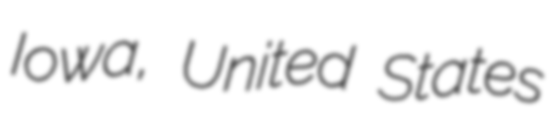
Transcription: Iowa, United States